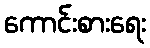
ကောင်းစားရေး